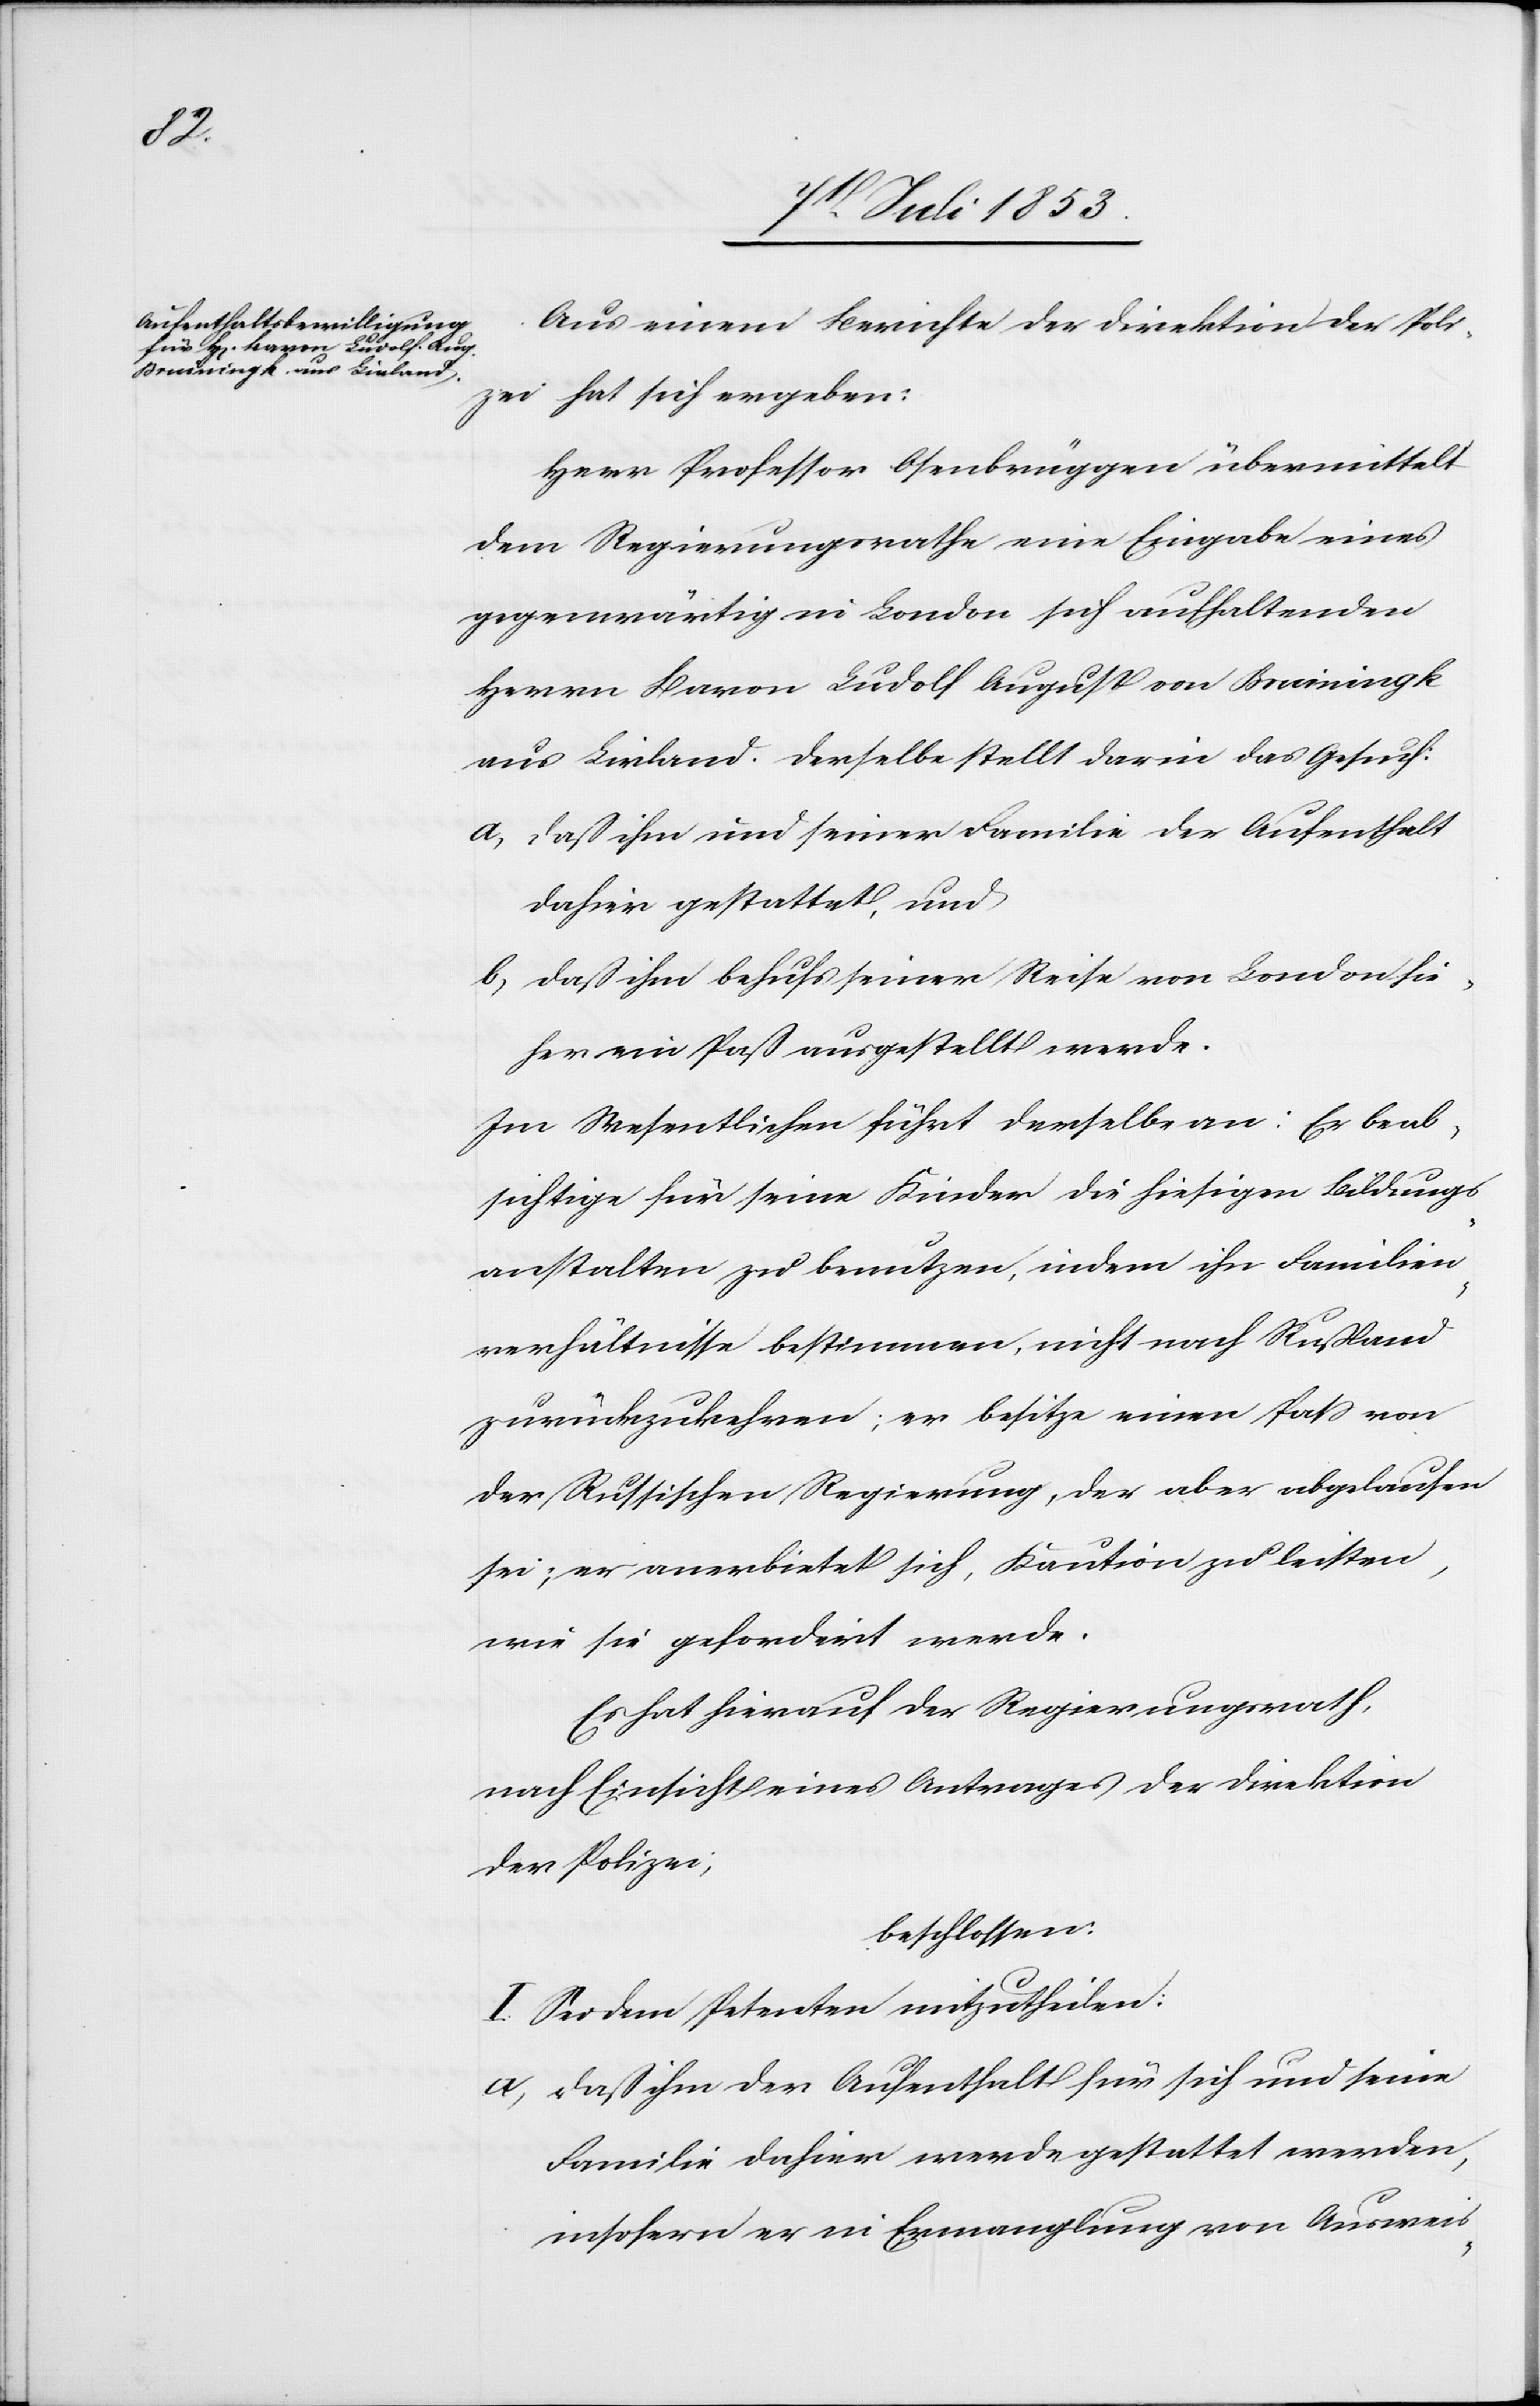
Aus einem Berichte der Direktion der Poli¬
zei hat sich ergeben:
Herr Professor Osenbrüggen übermittelt
dem Regierungsrathe eine Eingabe eines
gegenwärtig in London sich aufhaltenden
Herrn Baron Ludolf August von Bruiningk
aus Livland. Derselbe stellt darin das Gesuch:
a, daß ihm und seine Familie der Aufenthalt
dahier gestattet, und
b, daß ihm behufs seiner Reise von London hie¬
her ein Paß ausgestellt werde.
Im Wesentlichen führt derselbe an: Er beab¬
sichtige für seine Kinder die hiesigen Bildungs¬
anstalten zu benutzen, indem ihn Familien¬
verhältnisse bestimmen, nicht nach Rußland
zurückzukehren; er besitze einen Paß von
der Rußischen Regierung, der aber abgelaufen
sei; er anerbietet sich, Kaution zu leisten,
wie sie gefordert werde.
Es hat hierauf der Regierungsrath,
nach Einsicht eines Antrages der Direktion
der Polizei,
beschlossen:
I. Sei dem Petenten mitzutheilen:
a, daß ihm der Aufenthalt für sich und seine
Familie dahier werde gestattet werden,
insofern er in Ermanglung von Ausweis-